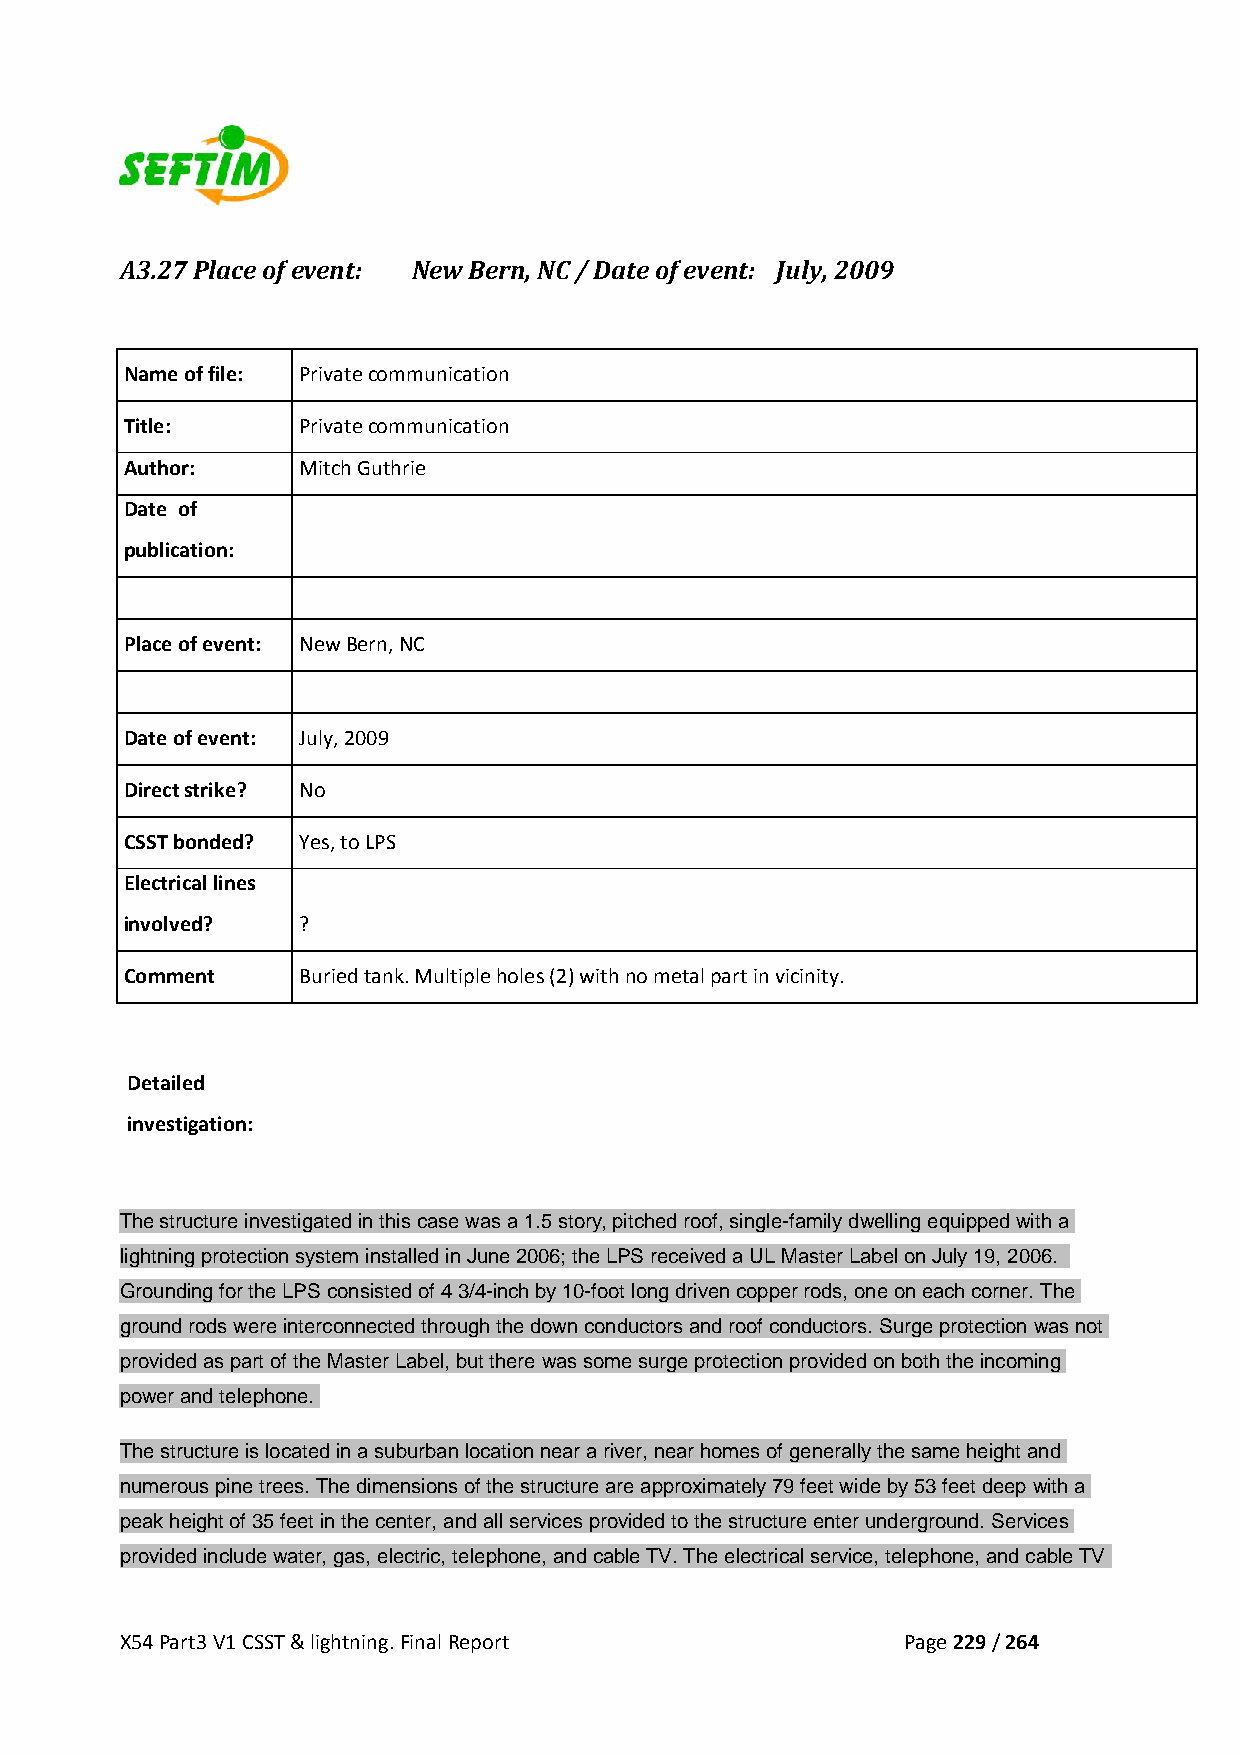
A3.27 Place of event: New Bern, NC / Date of event: July, 2009
 Name of file: Private communication
 Title:      Private communication
 Author:     Mitch Guthrie
 Date of
 publication:
 Place of event: New Bern, NC
 Date of event: July, 2009
 Direct strike? No
 CSST bonded? Yes, to LPS
 Electrical lines
 involved?   ?
 Comment     Buried tank. Multiple holes (2) with no metal part in vicinity.
 Detailed
 investigation:
 The structure investigated in this case was a 1.5 story, pitched roof, single-family dwelling equipped with a
 lightning protection system installed in June 2006; the LPS received a UL Master Label on July 19, 2006.
 Grounding for the LPS consisted of 4 3/4-inch by 10-foot long driven copper rods, one on each corner. The
 ground rods were interconnected through the down conductors and roof conductors. Surge protection was not
 provided as part of the Master Label, but there was some surge protection provided on both the incoming
 power and telephone.
 The structure is located in a suburban location near a river, near homes of generally the same height and
 numerous pine trees. The dimensions of the structure are approximately 79 feet wide by 53 feet deep with a
 peak height of 35 feet in the center, and all services provided to the structure enter underground. Services
 provided include water, gas, electric, telephone, and cable TV. The electrical service, telephone, and cable TV
 X54 Part3 V1 CSST & lightning. Final Report         Page 229 / 264